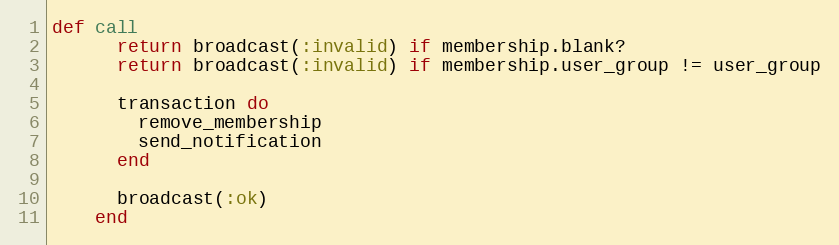
Language: Ruby
def call
      return broadcast(:invalid) if membership.blank?
      return broadcast(:invalid) if membership.user_group != user_group

      transaction do
        remove_membership
        send_notification
      end

      broadcast(:ok)
    end